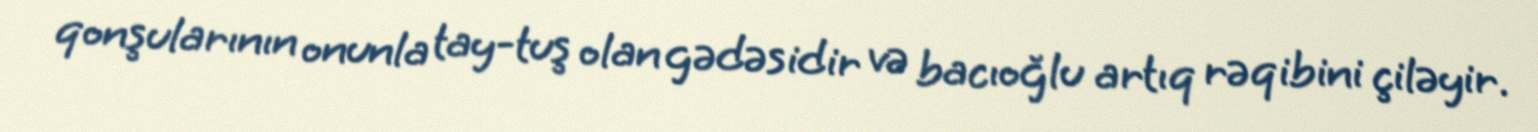
qonşularının onunla tay-tuş olan gədəsidir və bacıoğlu artıq rəqibini çiləyir.